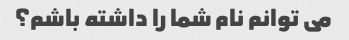
می توانم نام شما را داشته باشم؟